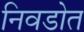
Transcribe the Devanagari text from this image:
निवडोत